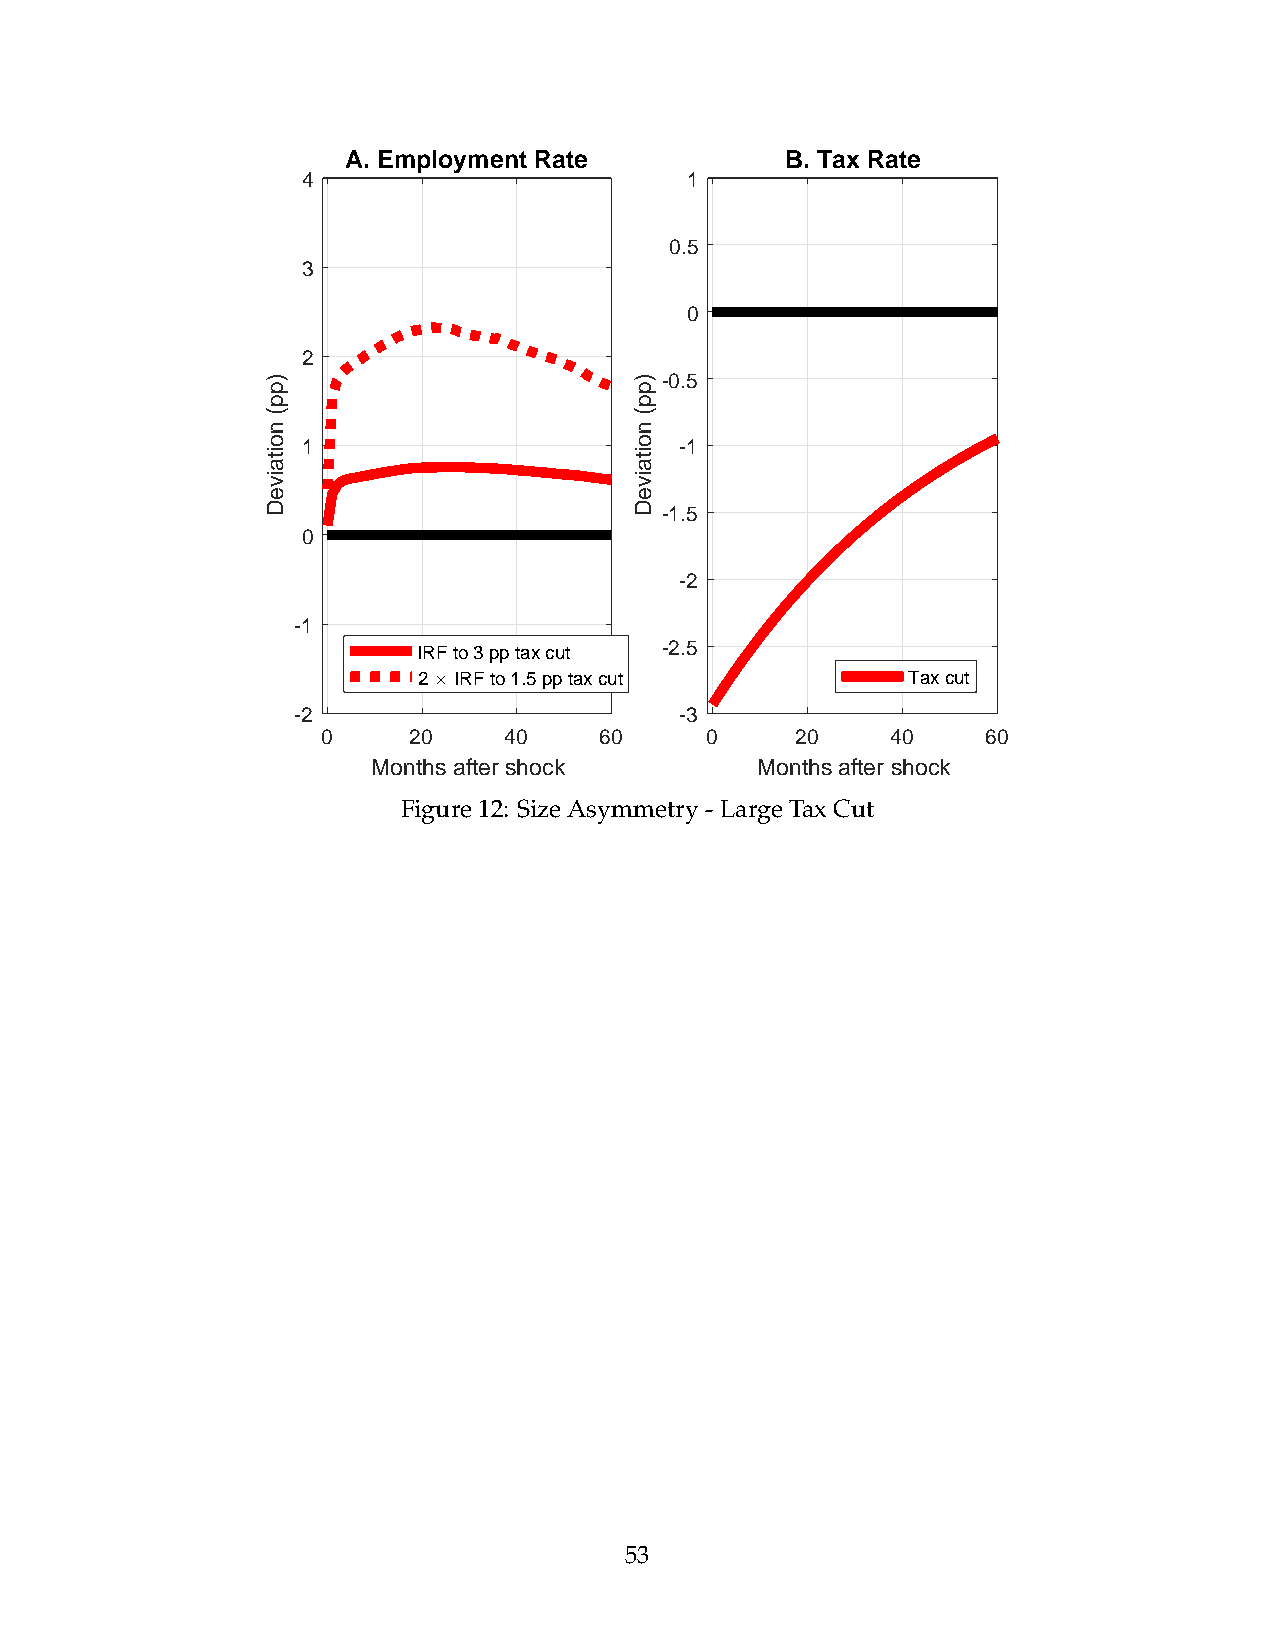
A. Employment Rate           B. Tax Rate
 4                        1
 0.5
 3
 0
 2
 -0.5
 1                        -1
 -1.5
 0
 -2
 -1
 IRF to 3 pp tax cut -2.5
 2 IRF to 1.5 pp tax cut         Tax cut
 -2                        -3
 0     20    40     60     0     20    40    60
 Months after shock       Months after shock
 Figure12: SizeAsymmetry-LargeTaxCut
 53
 )pp(
 noitaiveD
 )pp(
 noitaiveD